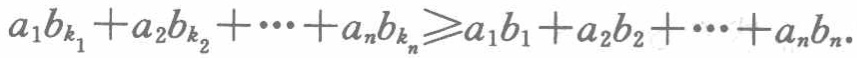
\(a_{1}b_{k_{1}} + a_{2}b_{k_{2}} + \cdots + a_{n}b_{k_{n}}\geqslant a_{1}b_{1} + a_{2}b_{2} + \cdots + a_{n}b_{n}\)